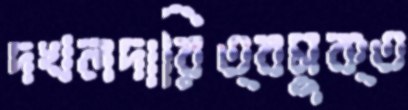
দখলদারিত্বমুক্ত